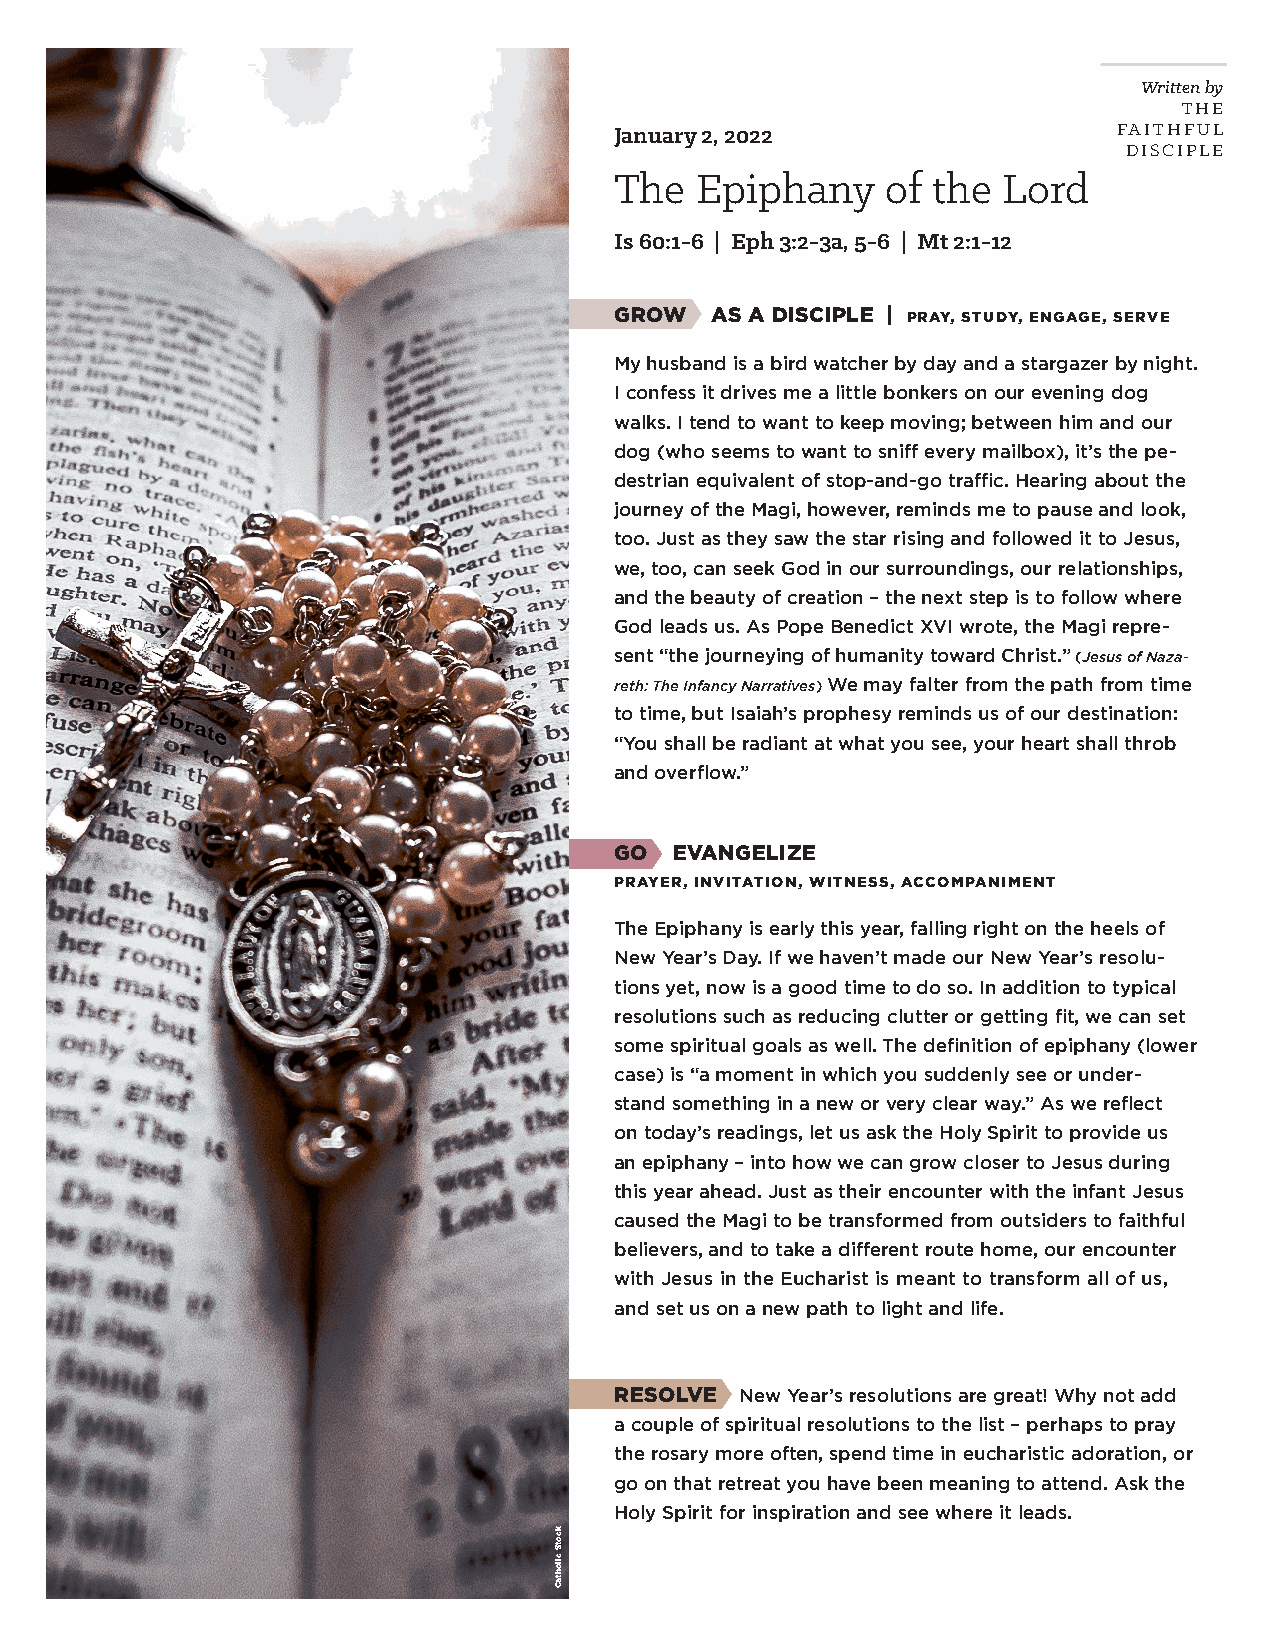
Written by
 THE
 January 2, 2022                  FAITHFUL
 DISCIPLE
 The  Epiphany     of the Lord
 Is 60:1-6 | Eph 3:2-3a, 5-6 | Mt 2:1-12
 GROW  AS A DISCIPLE | PRAY, STUDY, ENGAGE, SERVE
 My husband is a bird watcher by day and a stargazer by night.
 I confess it drives me a little bonkers on our evening dog
 walks. I tend to want to keep moving; between him and our
 dog (who seems to want to sniff every mailbox), it’s the pe-
 destrian equivalent of stop-and-go traffic. Hearing about the
 journey of the Magi, however, reminds me to pause and look,
 too. Just as they saw the star rising and followed it to Jesus,
 we, too, can seek God in our surroundings, our relationships,
 and the beauty of creation – the next step is to follow where
 God leads us. As Pope Benedict XVI wrote, the Magi repre-
 sent “the journeying of humanity toward Christ.” (Jesus of Naza-
 reth: The Infancy Narratives) We may falter from the path from time
 to time, but Isaiah’s prophesy reminds us of our destination:
 “You shall be radiant at what you see, your heart shall throb
 and overflow.”
 GO  EVANGELIZE
 PRAYER, INVITATION, WITNESS, ACCOMPANIMENT
 The Epiphany is early this year, falling right on the heels of
 New Year’s Day. If we haven’t made our New Year’s resolu-
 tions yet, now is a good time to do so. In addition to typical
 resolutions such as reducing clutter or getting fit, we can set
 some spiritual goals as well. The definition of epiphany (lower
 case) is “a moment in which you suddenly see or under-
 stand something in a new or very clear way.” As we reflect
 on today’s readings, let us ask the Holy Spirit to provide us
 an epiphany – into how we can grow closer to Jesus during
 this year ahead. Just as their encounter with the infant Jesus
 caused the Magi to be transformed from outsiders to faithful
 believers, and to take a different route home, our encounter
 with Jesus in the Eucharist is meant to transform all of us,
 and set us on a new path to light and life.
 RESOLVE New Year’s resolutions are great! Why not add
 a couple of spiritual resolutions to the list – perhaps to pray
 the rosary more often, spend time in eucharistic adoration, or
 go on that retreat you have been meaning to attend. Ask the
 Holy Spirit for inspiration and see where it leads.
 kcotS
 cilohtaC